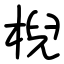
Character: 棿